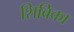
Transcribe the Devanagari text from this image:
शिबिका